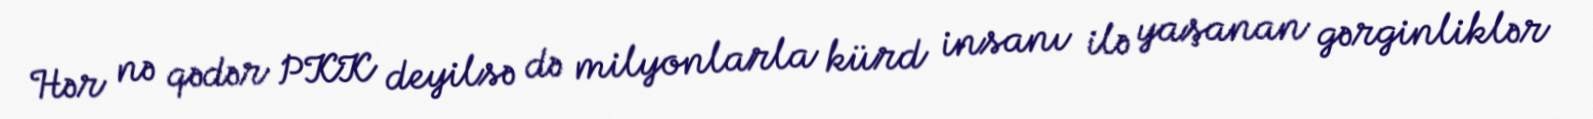
Hər nə qədər PKK deyilsə də milyonlarla kürd insanı ilə yaşanan gərginliklər